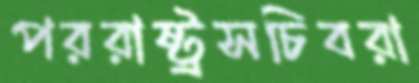
পররাষ্ট্রসচিবরা